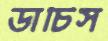
ডাচিস